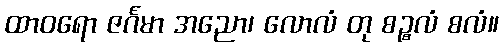
ထာဝရော ဇင်္ဂမာ အညော၊ လောလံ တု စဉ္စလံ စလံ။